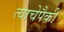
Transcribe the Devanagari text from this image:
त्याचेपैकी